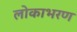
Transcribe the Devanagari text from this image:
लोकाभरण